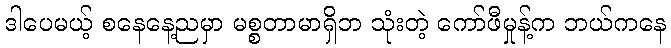
ဒါပေမယ့် စနေနေ့ညမှာ မစ္စတာမာရှိဘ သုံးတဲ့ ကော်ဖီမှုန့်က ဘယ်ကနေ